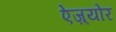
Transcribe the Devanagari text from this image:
ऐज़्योर